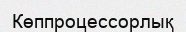
Көппроцессорлық